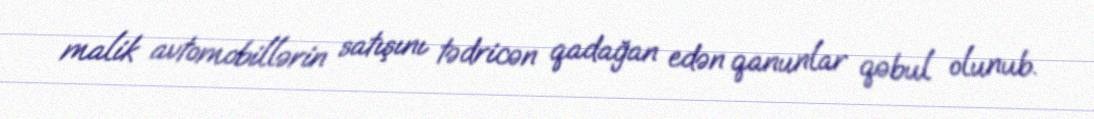
malik avtomobillərin satışını tədricən qadağan edən qanunlar qəbul olunub.